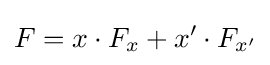
F=x\cdot F_{x}+x'\cdot F_{x'}